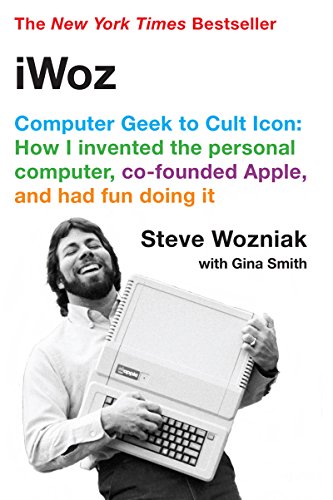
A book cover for iWoz: Computer Geek to Cult Icon: How I Invented the Personal Computer, Co-Founded Apple, and Had Fun Doing It; Steve Wozniak; Computers & Technology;